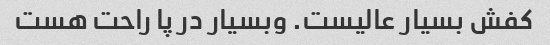
کفش بسیار عالیست. وبسیار در پا راحت هست